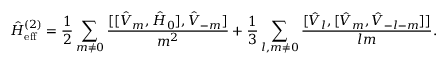
\hat { H } _ { \mathrm { e f f } } ^ { ( 2 ) } = \frac { 1 } { 2 } \sum _ { m \neq 0 } \frac { [ [ \hat { V } _ { m } , \hat { H } _ { 0 } ] , \hat { V } _ { - m } ] } { m ^ { 2 } } + \frac { 1 } { 3 } \sum _ { l , m \neq 0 } \frac { [ \hat { V } _ { l } , [ \hat { V } _ { m } , \hat { V } _ { - l - m } ] ] } { l m } .